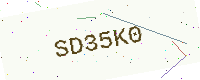
Text: SD35K0